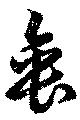
垂